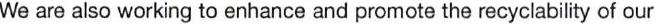
We are also working to enhance and promote the recyclability of our